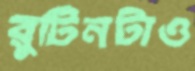
রুটিনটাও